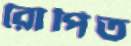
রোপিত